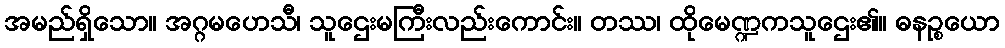
အမည်ရှိသော။ အဂ္ဂမဟေသီ၊ သူဌေးမကြီးလည်းကောင်း။ တဿ၊ ထိုမေဏ္ဍကသူဌေး၏။ ဓနဉ္စယော